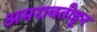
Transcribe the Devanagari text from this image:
अमरावतीहून